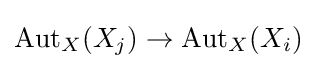
\operatorname {Aut} _{X}(X_{j})\to \operatorname {Aut} _{X}(X_{i})